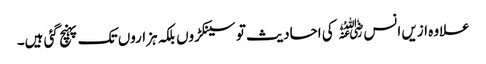
علاوہ ازیں انس﷜ کی احادیث تو سینکڑوں بلکہ ہزاروں تک پہنچ گئی ہیں۔